Civil Veterinary Department. Central Provinces & Berar 1932-41 - 1932-1941
Year: 1932
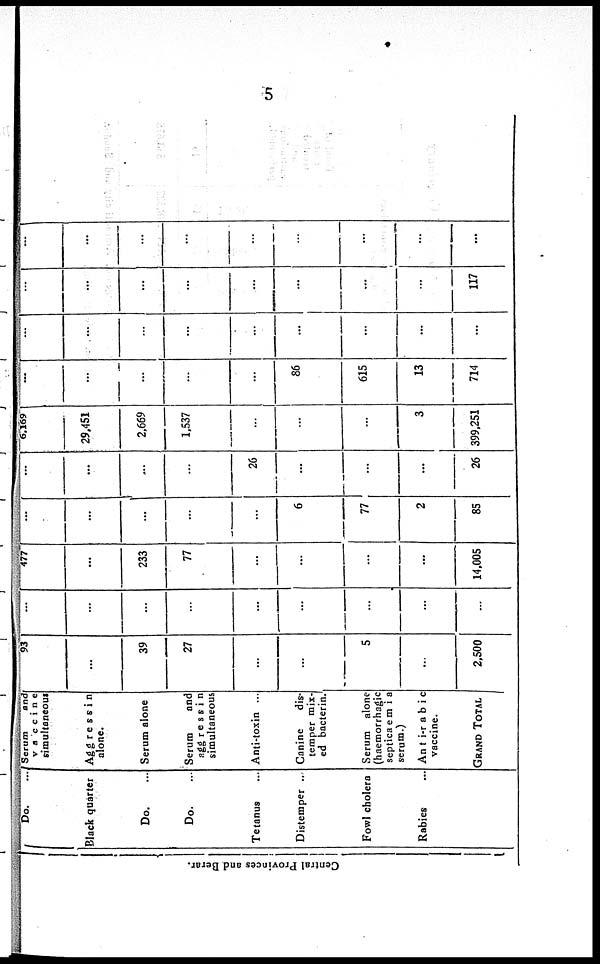
5
Central Provinces and Berar.
Do. ...
Black quarter
Do. ...
Do. ...
Tetanus ...
Distemper ...
Fowl cholera
Rabies ...
Serum
and
vaccine
simultaneous
Aggressin
alone.
Serum alone
Serum
and
aggressin
simultaneous
Anti-toxin ...
Canine
dis-
temper mix-
ed bacterin.
Serum alone
(haemorrhagic
septicaemia
serum.)
Anti-rabic
vaccine.
GRAND TOTAL
93
...
39
27
...
...
5
...
2,500
...
...
...
...
...
...
...
...
...
477
...
233
77
...
...
...
...
14,005
...
...
...
...
...
6
77
2
85
...
...
...
...
26
...
...
...
26
6,169
29,451
2,669
1,537
...
...
...
3
399,251
...
...
...
...
...
86
615
13
714
...
...
...
...
...
...
...
...
...
...
...
...
...
...
...
...
...
117
...
...
...
...
...
...
...
...
...